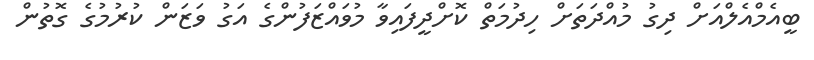
ބީއެމްއެލްއަށް ދިގު މުއްދަތަށް ހިދުމަތް ކޮށްދީފައިވާ މުވައްޒަފުންގެ އަގު ވަޒަން ކުރުމުގެ ގޮތުން